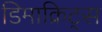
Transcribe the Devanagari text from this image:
डिमाक्रिट्स